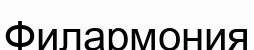
Филармония